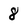
Character: 8